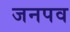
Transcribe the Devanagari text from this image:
जनपव